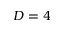
D = 4